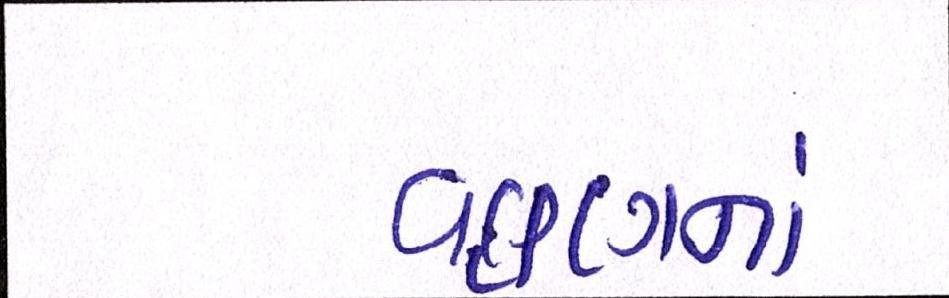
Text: વહાણના